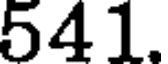
541.